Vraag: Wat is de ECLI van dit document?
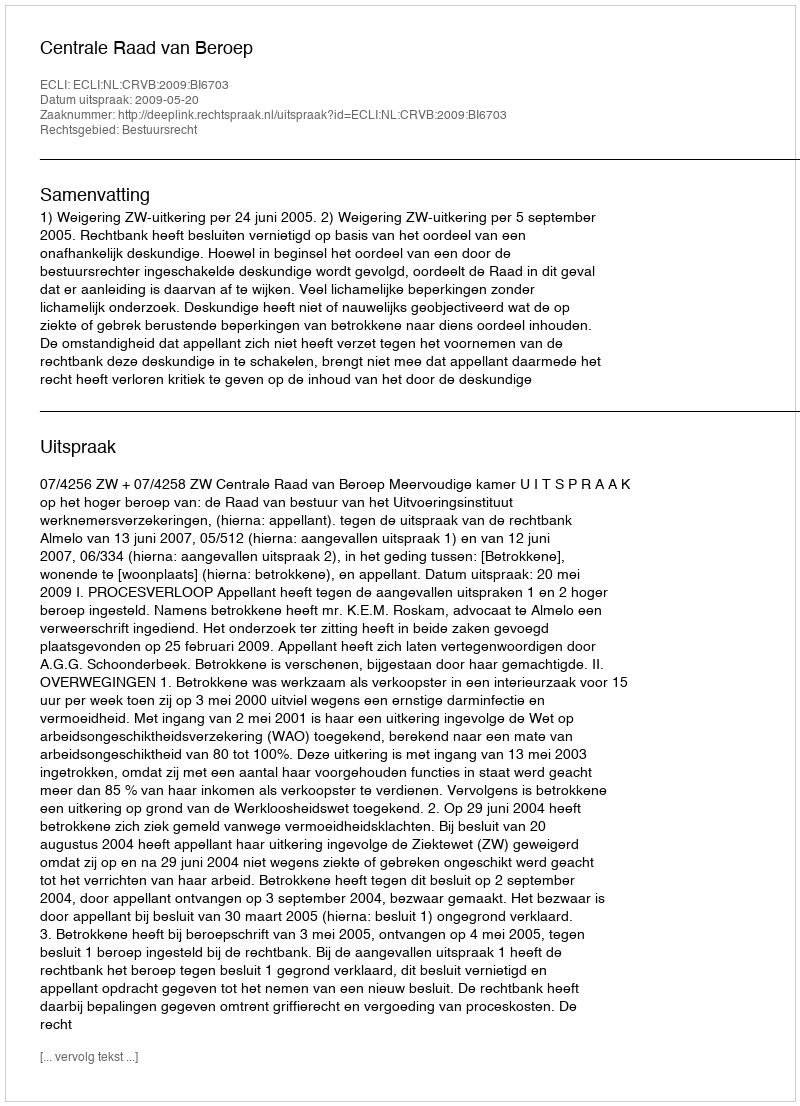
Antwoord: ECLI:NL:CRVB:2009:BI6703